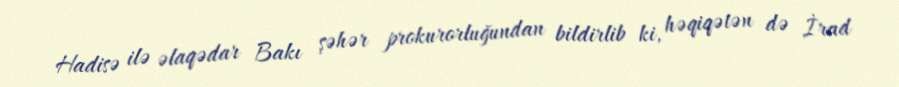
Hadisə ilə əlaqədar Bakı şəhər prokurorluğundan bildirlib ki, həqiqətən də İrad